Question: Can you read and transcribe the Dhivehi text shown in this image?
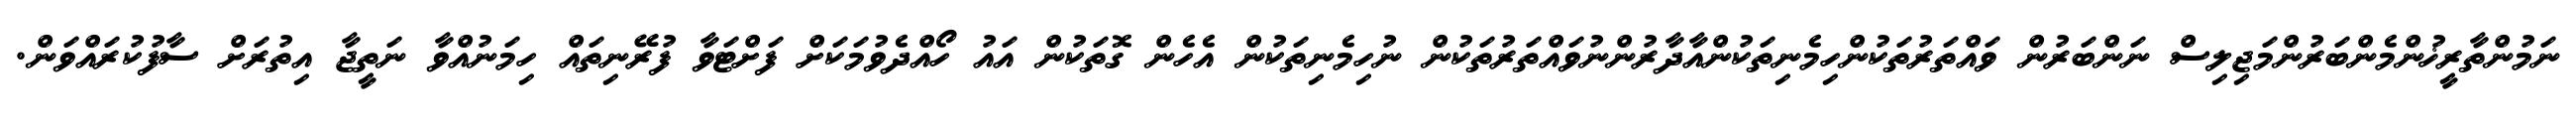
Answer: ނަމުންތާރީޚުންމެންބަރުންމަޖިލިސް ނަންބަރުން ވައްތަރުތަކުންހިމެނިތަކުންއާދާރުންނުވައްތަރުތަކުން ނުހިމެނިތަކުން އެހެން ގޮތަކުން އައު ހޯއްދެވުމަކަށް ފަށްޓަވާ ފުރޭނިތައް ހިމަނުއްވާ ނަތީޖާ އިތުރަށް ސާފުކުރައްވަން.